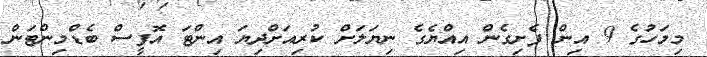
މިމަހުގެ 9 އިން ފެށިގެން އިއްޔެގެ ނިޔަލަށް ކުރިއަށްދިޔަ އިންޓަ އޮފީސް ބެޑްމިންޓަން